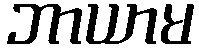
ဘာယာမ